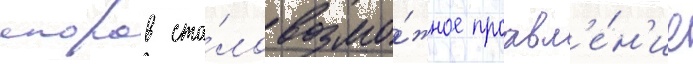
споров ста́ло возмо́жное проавл'е́н'ие